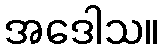
အဒေါသ။